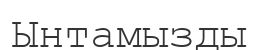
Ынтамызды